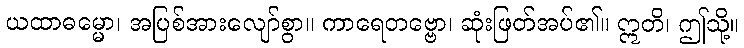
ယထာဓမ္မော၊ အပြစ်အားလျော်စွာ။ ကာရေတဗ္ဗော၊ ဆုံးဖြတ်အပ်၏။ ဣတိ၊ ဤသို့။